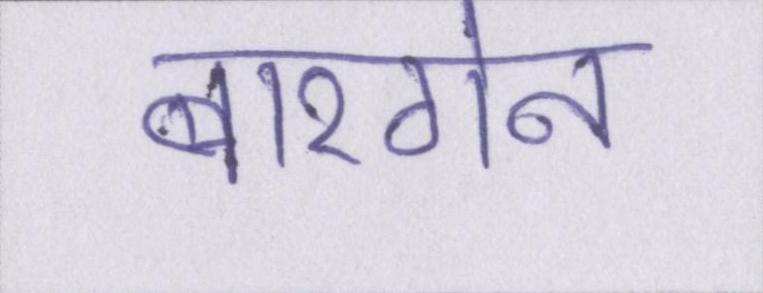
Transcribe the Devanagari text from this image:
बारगेन